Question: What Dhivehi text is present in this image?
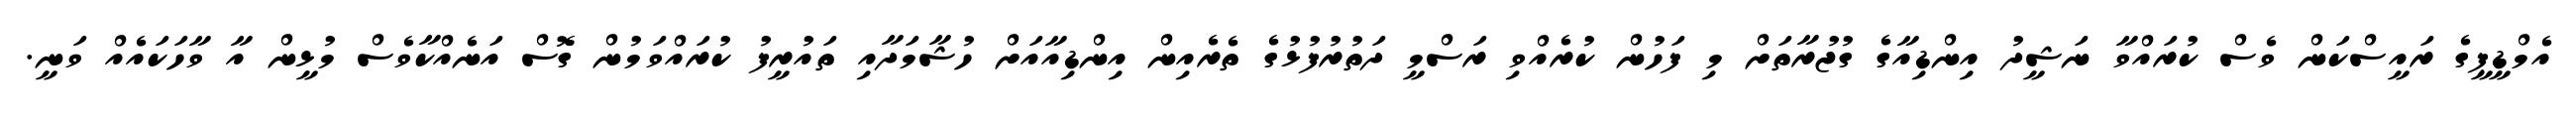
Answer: އެމްޑީޕީގެ ރައީސްކަން ވެސް ކުރައްވާ ނަޝީދު އިންޑިއާގެ ގުޖުރާތަށް މި ފަހުން ކުރެއްވި ރަސްމީ ދަތުރުފުޅުގެ ތެރެއިން އިންޑިއާއަށް ހުޝާމަދާއި ތައުރީފު ކުރައްވަމުން ގޮސް އަނެއްކާވެސް މުޅީން އާ ވާހަކައެއް ވަނީ.